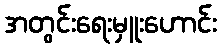
အတွင်းရေးမှူးဟောင်း